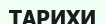
ТАРИХИ